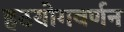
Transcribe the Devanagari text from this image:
हठयोगवर्णन